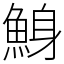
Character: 鯓